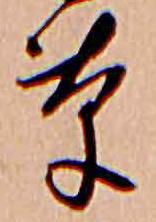
草